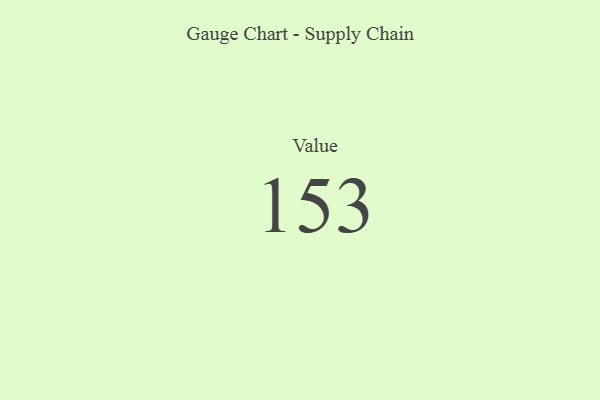
{"axis": {"x": "Metric", "y": "Value"}, "legend": [""], "data": [{"x": "Value", "y": 153, "type": ""}]}